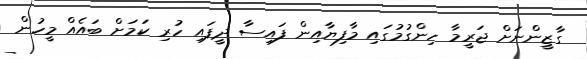
ގާޒީންނަށް ޖަރީމާ ހިންގުމުގައި މާފިޔާއިން ފައިސާ ދީފައި ހުރި ކަމަށް ބައެއް މީހުން